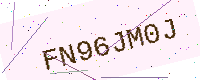
Text: FN96JM0J